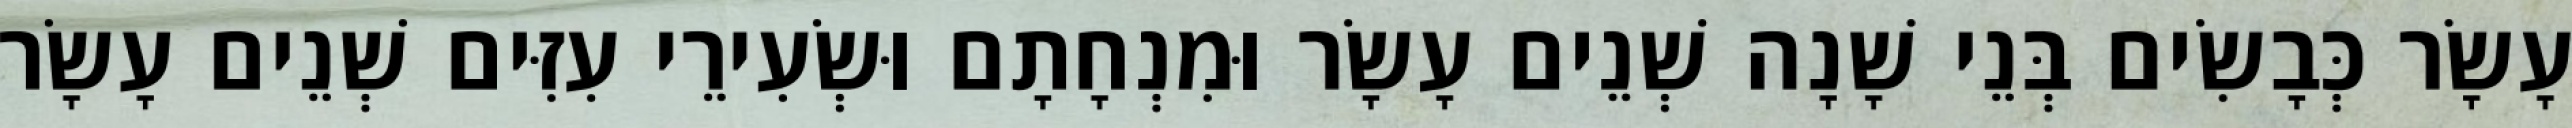
עָשָׂר כְּבָשִׂים בְּנֵי שָׁנָה שְׁנֵים עָשָׂר וּמִנְחָתָם וּשְׂעִירֵי עִזִּים שְׁנֵים עָשָׂר